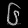
Digit: ၆